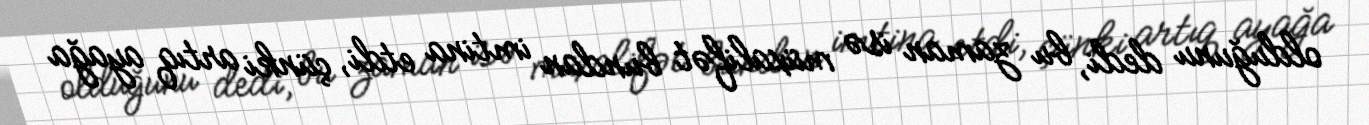
olduğunu dedi, bu zaman isə müxalifət bundan imtina etdi, çünki artıq ayağa